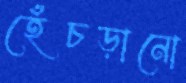
হেঁচড়ানো